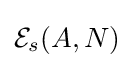
{\mathcal {E}}_{s}(A,N)